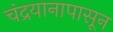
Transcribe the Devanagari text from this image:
चंद्रयानापासून